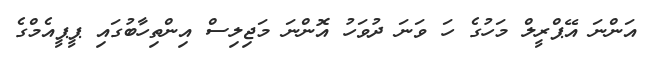
އަންނަ އޭޕްރީލް މަހުގެ ހަ ވަނަ ދުވަހު އޮންނަ މަޖިލިސް އިންތިހާބުގައި ޕީޕީއެމްގެ